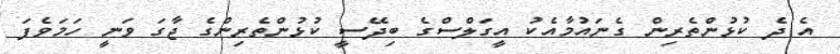
އެ ދެ ކުޅުންތެރިން ގެނައުމާއެކު އީގަލްސްގެ ބިދޭސީ ކުޅުންތެރިންގެ ޖާގަ ވަނީ ހަމަވެފަ